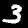
Label: 3